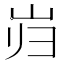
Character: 岿